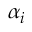
\alpha _ { i }